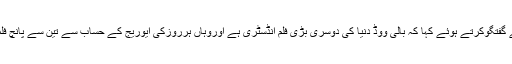
عروہ حسین نے ’’ ایکسپریس‘‘ سے گفتگوکرتے ہوئے کہا کہ بالی ووڈ دنیا کی دوسری بڑی فلم انڈسٹری ہے اوروہاں ہرروزکی ایوریج کے حساب سے تین سے پانچ فلمیں نمائش کے لیے پیش ہوتی ہیں۔